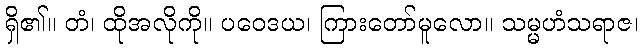
ရှိ၏။ တံ၊ ထိုအလိုကို။ ပဝေဒယ၊ ကြားတော်မူလော။ သမ္မဟံသရာဇ၊